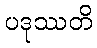
ပဒုဿတိ